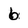
Character: 6